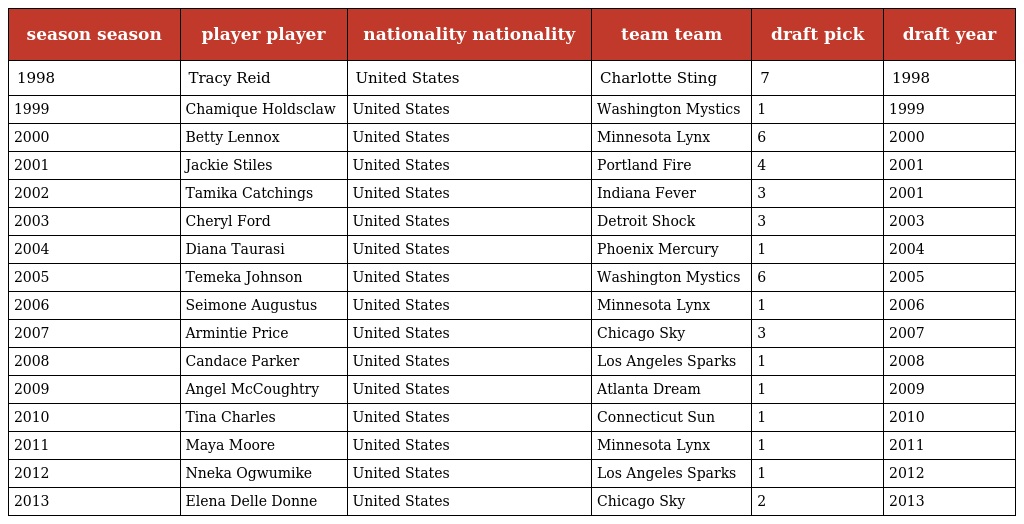
| season season | player player | nationality nationality | team team | draft pick | draft year |
 | --- | --- | --- | --- | --- | --- |
 | 1998 | Tracy Reid | United States | Charlotte Sting | 7 | 1998 |
 | 1999 | Chamique Holdsclaw | United States | Washington Mystics | 1 | 1999 |
 | 2000 | Betty Lennox | United States | Minnesota Lynx | 6 | 2000 |
 | 2001 | Jackie Stiles | United States | Portland Fire | 4 | 2001 |
 | 2002 | Tamika Catchings | United States | Indiana Fever | 3 | 2001 |
 | 2003 | Cheryl Ford | United States | Detroit Shock | 3 | 2003 |
 | 2004 | Diana Taurasi | United States | Phoenix Mercury | 1 | 2004 |
 | 2005 | Temeka Johnson | United States | Washington Mystics | 6 | 2005 |
 | 2006 | Seimone Augustus | United States | Minnesota Lynx | 1 | 2006 |
 | 2007 | Armintie Price | United States | Chicago Sky | 3 | 2007 |
 | 2008 | Candace Parker | United States | Los Angeles Sparks | 1 | 2008 |
 | 2009 | Angel McCoughtry | United States | Atlanta Dream | 1 | 2009 |
 | 2010 | Tina Charles | United States | Connecticut Sun | 1 | 2010 |
 | 2011 | Maya Moore | United States | Minnesota Lynx | 1 | 2011 |
 | 2012 | Nneka Ogwumike | United States | Los Angeles Sparks | 1 | 2012 |
 | 2013 | Elena Delle Donne | United States | Chicago Sky | 2 | 2013 |